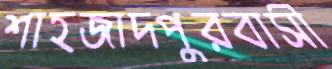
শাহজাদপুরবাসী